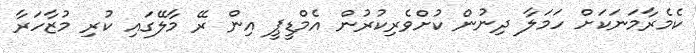
ކެމެރާމަނަކަށް ހަމަލާ ދިނުން ކުށްވެރިކުރުން އެމްޑީޕީ އިން ރޭ މާލޭގައި ކުރި މުޒާހަރާ